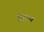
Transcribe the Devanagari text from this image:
इहाब